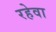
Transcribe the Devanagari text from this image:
रहेवा